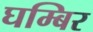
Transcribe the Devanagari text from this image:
घम्बिर